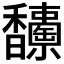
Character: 𩡥